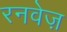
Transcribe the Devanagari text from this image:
रनवेज़